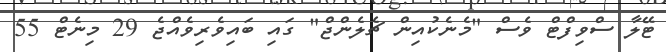
ޓޭލާ ސްވިފްޓް ވެސް "މެނެކުއިން ޗެލެންޖް" ގައި ބައިވެރިވެއްޖެ 29 މިނެޓް 55